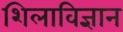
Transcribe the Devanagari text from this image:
शिलाविज्ञान